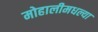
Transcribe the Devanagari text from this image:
मोहालीमधल्या